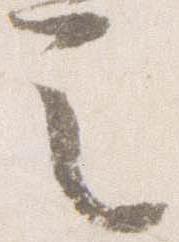
之